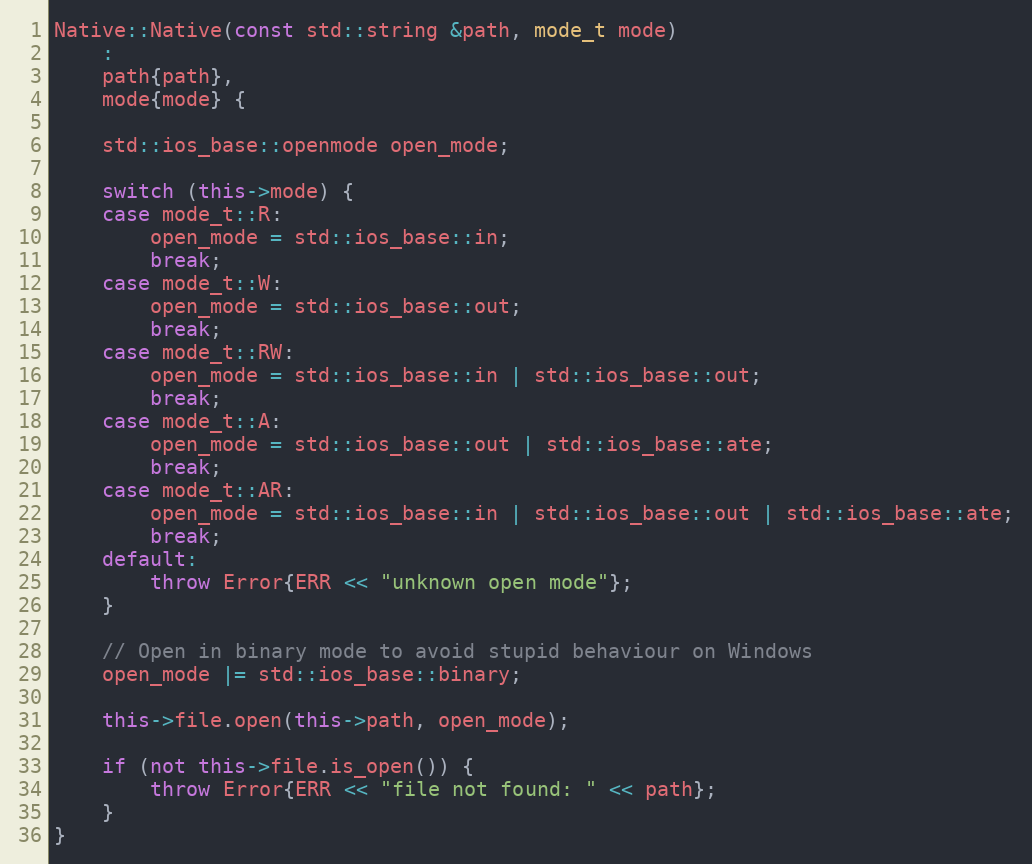
Language: C++
Native::Native(const std::string &path, mode_t mode)
	:
	path{path},
	mode{mode} {

	std::ios_base::openmode open_mode;

	switch (this->mode) {
	case mode_t::R:
		open_mode = std::ios_base::in;
		break;
	case mode_t::W:
		open_mode = std::ios_base::out;
		break;
	case mode_t::RW:
		open_mode = std::ios_base::in | std::ios_base::out;
		break;
	case mode_t::A:
		open_mode = std::ios_base::out | std::ios_base::ate;
		break;
	case mode_t::AR:
		open_mode = std::ios_base::in | std::ios_base::out | std::ios_base::ate;
		break;
	default:
		throw Error{ERR << "unknown open mode"};
	}

	// Open in binary mode to avoid stupid behaviour on Windows
	open_mode |= std::ios_base::binary;

	this->file.open(this->path, open_mode);

	if (not this->file.is_open()) {
		throw Error{ERR << "file not found: " << path};
	}
}